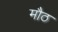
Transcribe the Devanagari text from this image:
मौठ